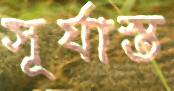
সূর্যাস্ত